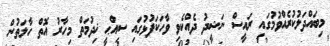
މިބައްދަލުކުރެއްވުމުގައި ރައީސް ނަޝީދު ދެއްކެވި ވާހަކަފުޅުގައި ސިއްޙީ ޚިދުމަތް މިހާރު އޮތް ހާލަތުން